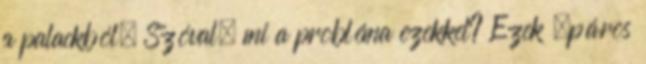
a palackból. Szóval, mi a probléma ezekkel? Ezek „páros